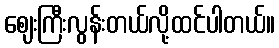
ဈေးကြီးလွန်းတယ်လို့ထင်ပါတယ်။